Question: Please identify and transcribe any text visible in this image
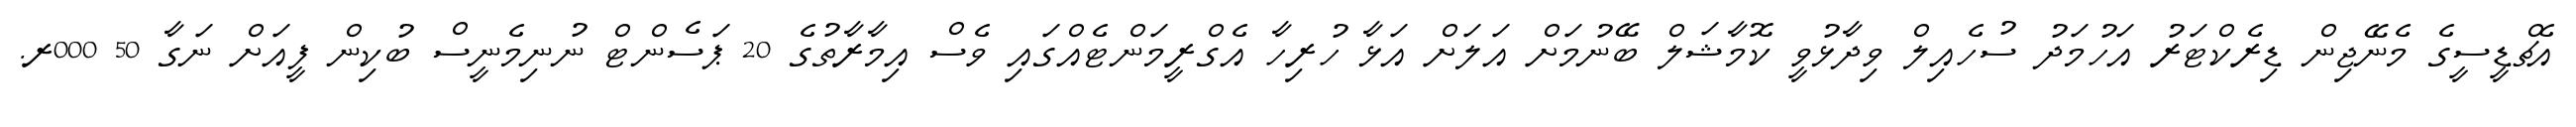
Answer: އެޗްޑީސީގެ މެނޭޖިން ޑިރެކްޓަރު އަހުމަދު ސުހެއިލް ވިދާޅުވީ ކޮމާޝަލް ބޭނުމަށް އަލަށް އަޅާ ހުރިހާ އެގްރީމަންޓެއްގައި ވެސް އިމާރާތުގެ 20 ޕަސެންޓް ނުނިމެނީސް ބުކިން ފީއަށް ނަގާ 50 000ރ.